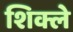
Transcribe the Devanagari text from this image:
शिक्ले